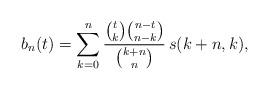
LaTeX: \begin{align*} b_n(t)=\sum_{k=0}^n \dfrac{\binom{t}{k} \binom{n-t}{n-k}}{\binom{k+n}{n}}\, s(k+n,k),\end{align*}